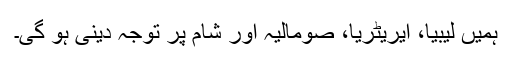
ہمیں لیبیا، ایریٹریا، صومالیہ اور شام پر توجہ دینی ہو گی۔